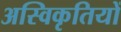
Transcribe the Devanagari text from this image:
अस्विकृतियों